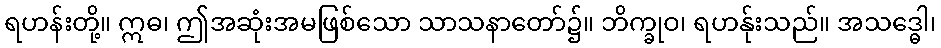
ရဟန်းတို့။ ဣဓ၊ ဤအဆုံးအမဖြစ်သော သာသနာတော်၌။ ဘိက္ခုဝ၊ ရဟန်ုးသည်။ အသဒ္ဓေါ၊